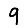
Digit: 9